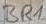
Text: BR1